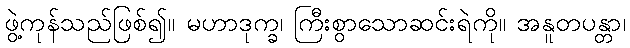
ဖွဲ့ကုန်သည်ဖြစ်၍။ မဟာဒုက္ခ၊ ကြီးစွာသောဆင်းရဲကို။ အနူတပန္တာ၊